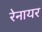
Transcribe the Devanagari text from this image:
रेनायर